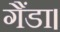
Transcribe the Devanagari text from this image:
गैंडा।